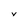
Character: v